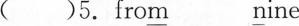
( )5.fro\underline{m} \underline{n}ine